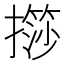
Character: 𢶌